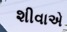
શીવાએ